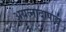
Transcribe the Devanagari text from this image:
अयत्नादापाद्य